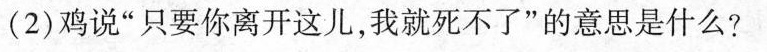
(2)鸡说”只要你离开这儿，我就死不了”的意思是什么?